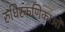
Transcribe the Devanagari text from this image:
रुधिरकणिकाओं